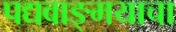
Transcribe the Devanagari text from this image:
पद्यवाङ्मयाचा